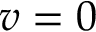
v = 0